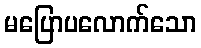
မပြောပလောက်သော